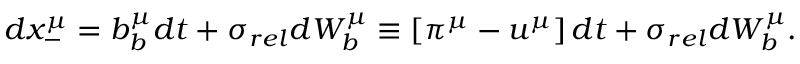
d x _ { - } ^ { \mu } = b _ { b } ^ { \mu } d t + \sigma _ { r e l } d W _ { b } ^ { \mu } \equiv \left[ \pi ^ { \mu } - u ^ { \mu } \right] d t + \sigma _ { r e l } d W _ { b } ^ { \mu } .